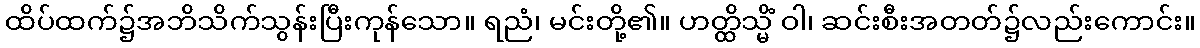
ထိပ်ထက်၌အဘိသိက်သွန်းပြီးကုန်သော။ ရညံ၊ မင်းတို့၏။ ဟတ္ထိသ္မိံ ဝါ၊ ဆင်းစီးအတတ်၌လည်းကောင်း။